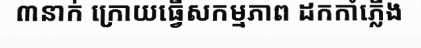
៣នាក់ ក្រោយធ្វើសកម្មភាព ដកកាំភ្លើង